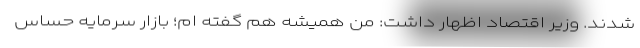
شدند. وزیر اقتصاد اظهار داشت: من همیشه هم گفته ام؛ بازار سرمایه حساس